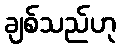
ချစ်သည်ဟု